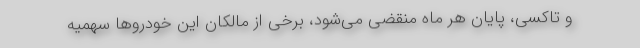
و تاکسی، پایان هر ماه منقضی می‌شود، برخی از مالکان این خودروها سهمیه